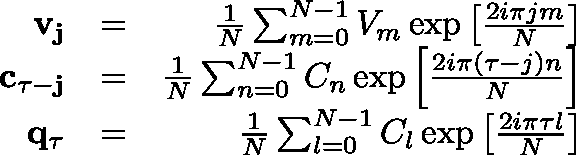
\begin{array} { r l r } { \mathbf { v _ { j } } } & { = } & { \frac { 1 } { N } \sum _ { m = 0 } ^ { N - 1 } { V _ { m } } \exp \left[ \frac { 2 i \pi j m } { N } \right] } \\ { \mathbf { c _ { \tau - j } } } & { = } & { \frac { 1 } { N } \sum _ { n = 0 } ^ { N - 1 } { C _ { n } } \exp \left[ \frac { 2 i \pi ( \tau - j ) n } { N } \right] } \\ { \mathbf { q _ { \tau } } } & { = } & { \frac { 1 } { N } \sum _ { l = 0 } ^ { N - 1 } { C _ { l } } \exp \left[ \frac { 2 i \pi \tau l } { N } \right] } \end{array}